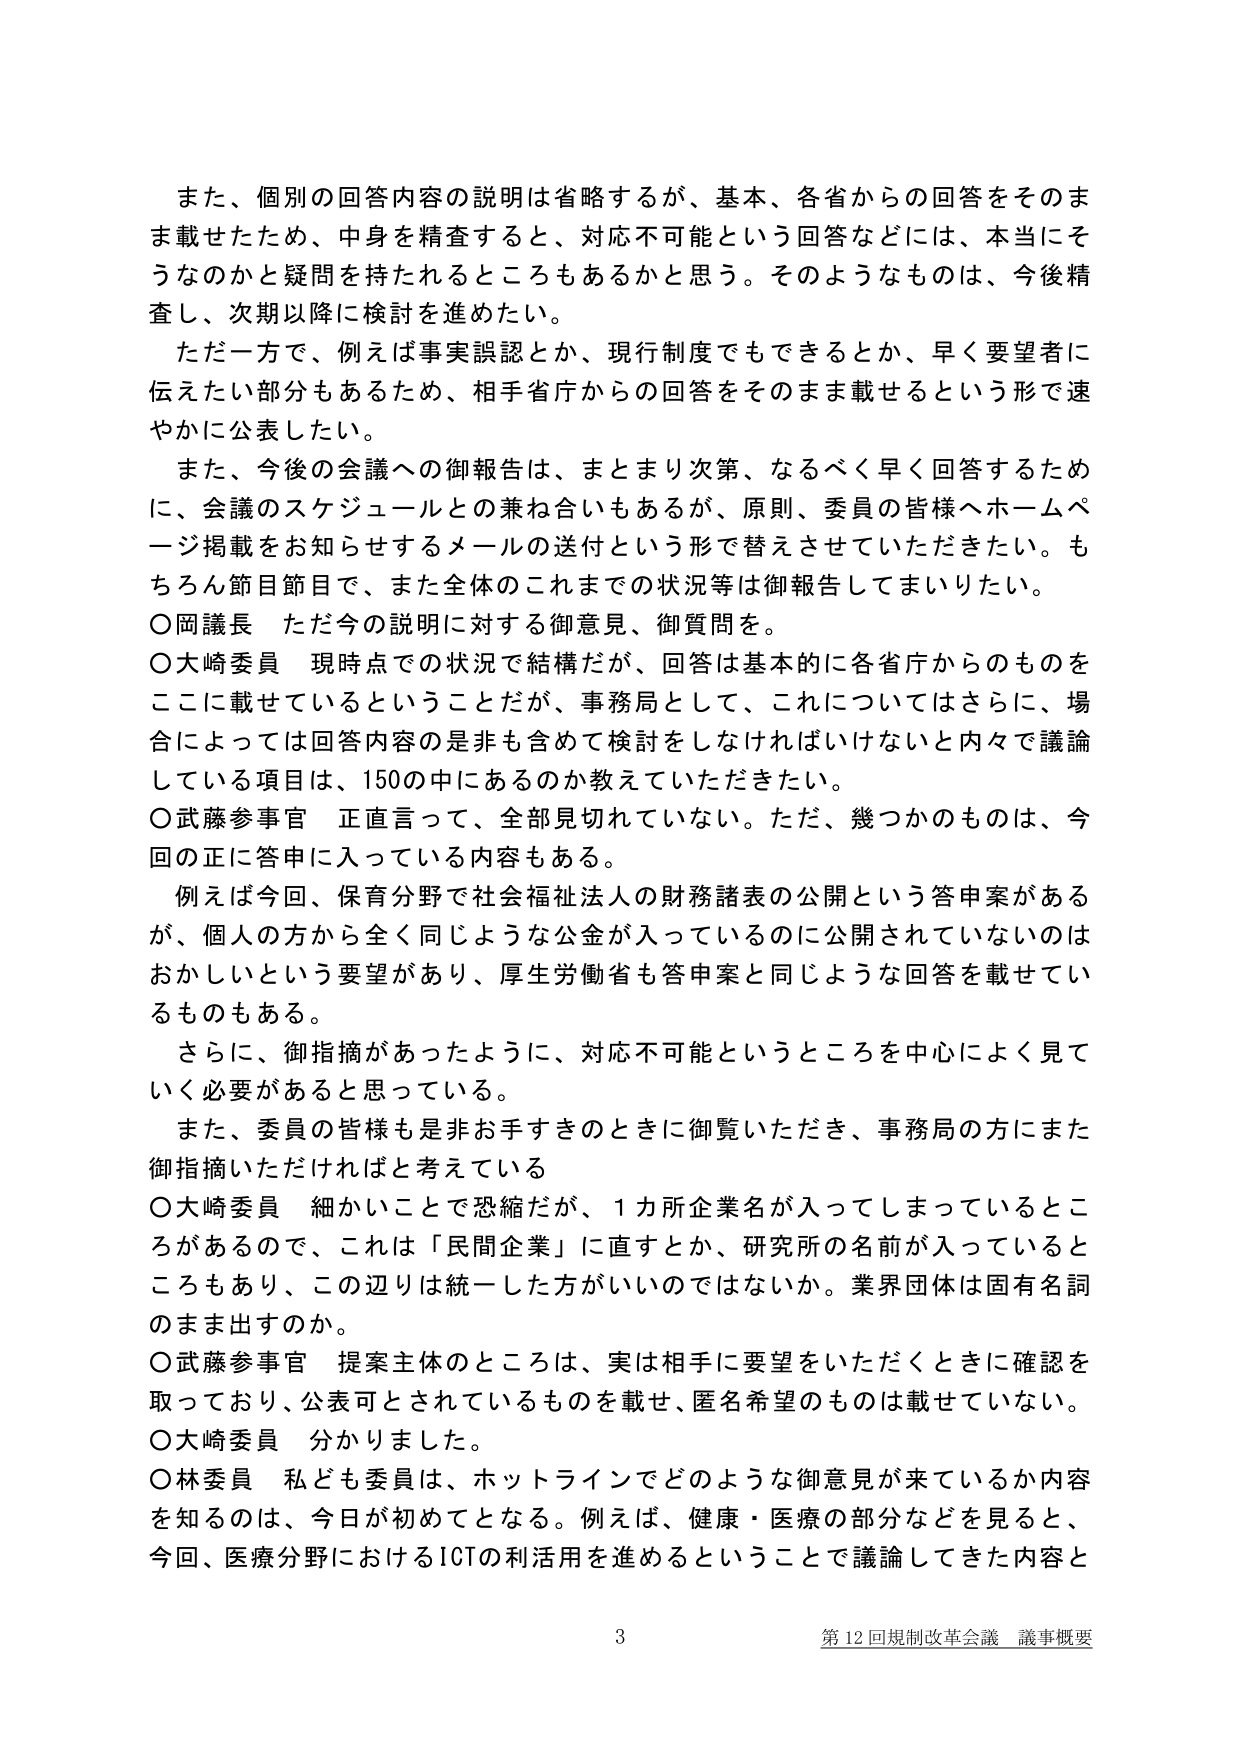
また、個別の回答内容の説明は省略するが、基本、各省からの回答をそのまま載せたため、中身を精査すると、対応不可能という回答などには、本当にそうなのかと疑問を持たれるところもあるかと思う。そのようなものは、今後精査し、次期以降に検討を進めたい。

ただ一方で、例えば事実誤認とか、現行制度でもできるとか、早く要望者に伝えたい部分もあるため、相手省庁からの回答をそのまま載せるという形で速やかに公表したい。

また、今後の会議への御報告は、まとまり次第、なるべく早く回答するため、会議のスケジュールとの兼ね合いもあるが、原則、委員の皆様へホームページ掲載をお知らせするメールの送付という形で替えさせていただきたい。もちろん節目節目で、また全体のこれまでの状況等は御報告してまいりたい。

〇岡議長 ただ今の説明に対する御意見、御質問を。

〇大崎委員 現時点での状況で結構だが、回答は基本的に各省庁からのものをここに載せているということだが、事務局として、これについてはさらに、場合によっては回答内容の是非も含めて検討をしなければいけないと内々で議論している項目は、150の中にあるのか教えていただきたい。

〇武藤参事官 正直言って、全部見切れていない。ただ、幾つかのものは、今回の正に答申に入っている内容もある。

例えば今回、保育分野で社会福祉法人の財務諸表の公開という答申案があるが、個人の方から全く同じような公金が入っているのに公開されていないのはおかしいという要望があり、厚生労働省も答申案と同じような回答を載せているものもある。

さらに、御指摘があったように、対応不可能というところを中心によく見ていく必要があると思っている。

また、委員の皆様も是非お手すきのときに御覧いただき、事務局の方にまた御指摘いただければと考えている。

〇大崎委員 細かいことで恐縮だが、1カ所企業名が入ってしまっているところがあるので、これは「民間企業」に直すとか、研究所の名前が入っているところもあり、この辺りは統一した方がいいのではないか。業界団体は固有名詞のまま出すのか。

〇武藤参事官 提案主体のところは、実は相手に要望をいただくときに確認を取っており、公表可とされているものを載せ、匿名希望のものは載せていない。

〇大崎委員 分かりました。

〇林委員 私ども委員は、ホットラインでどのような御意見が来ているか内容を知るのは、今日が初めてとなる。例えば、健康・医療の部分などを見ると、今回、医療分野におけるICTの利活用を進めるということで議論してきた内容と

3 第12回規制改革会議 議事概要